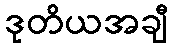
ဒုတိယအချီ